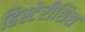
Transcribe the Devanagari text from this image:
हिस्टेरीसिस